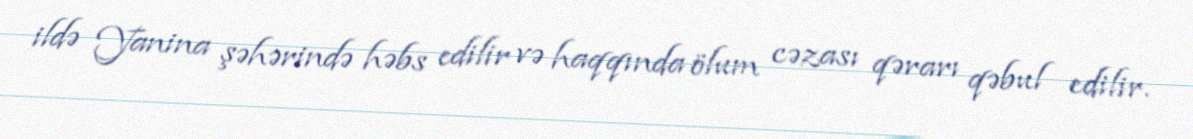
ildə Yanina şəhərində həbs edilir və haqqında ölum cəzası qərarı qəbul edilir.